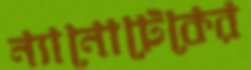
ন্যানোটেকের